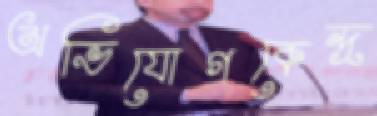
অভিযোগকেন্দ্র